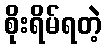
စိုးရိမ်ရတဲ့